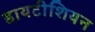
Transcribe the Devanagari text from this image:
डायटीशियन